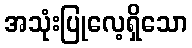
အသုံးပြုလေ့ရှိသော